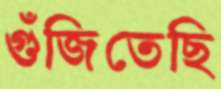
গুঁজিতেছি